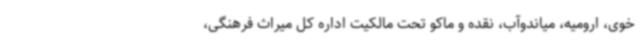
خوی، ارومیه، میاندوآب، نقده و ماکو تحت مالکیت اداره کل میراث فرهنگی،